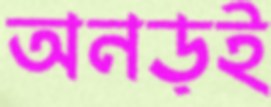
অনড়ই